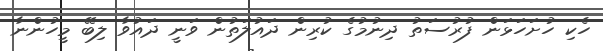
ހެކި ހުށަހަޅަން ފުރުސަތު ދިނުމުގެ ކުރިން ދައުލަތުން ވަނީ ދައުވާ ލިބޭ މީހުންނާ